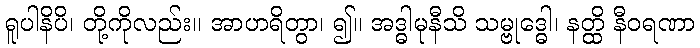
ရူပါနိပိ၊ တို့ကိုလည်း။ အာဟရိတွာ၊ ၍။ အဒ္ဓါမုနီသိ သမ္ဗုဒ္ဓေါ၊ နတ္ထိ နီဝရဏာ